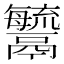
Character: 𩱢